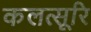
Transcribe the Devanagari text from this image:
कलत्सूरि